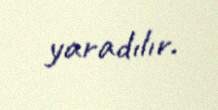
yaradılır.